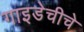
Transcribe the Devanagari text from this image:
गाइडेचीचे